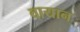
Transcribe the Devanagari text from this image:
वायान